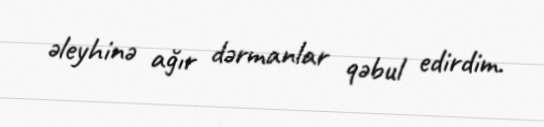
əleyhinə ağır dərmanlar qəbul edirdim.